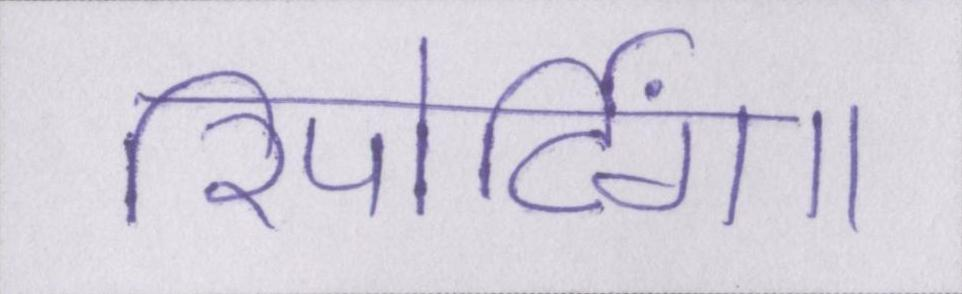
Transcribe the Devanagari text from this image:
रिपोर्टिंग।